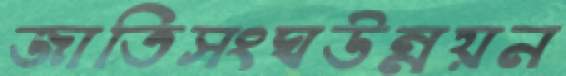
জাতিসংঘউন্নয়ন